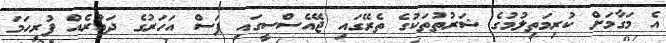
އެ މަގާމަށް ކުރިމަތިލުމުގެ ޝަރުތުތަކުގެ ތެރޭގައި ޖޭއެސްސީގައި ފަސް އަހަރުގެ ދައުރެއް ފުރިހަމަ